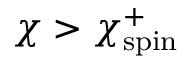
\chi > \chi _ { \mathrm { s p i n } } ^ { + }